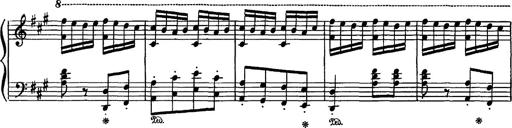
Title: Hungarian Rhapsody No.16
Composer: Franz Liszt
Key: A minor